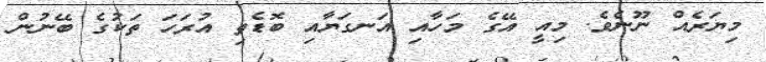
މިޔަރެއް ނޫނެވެ. މިއީ އޭގެ މަހާއި އަނގަޔާއި ބޮޑެތި އުރަހަ ތަކުގެ ބޭނުން